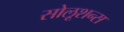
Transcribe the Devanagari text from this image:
सोलूशन्स